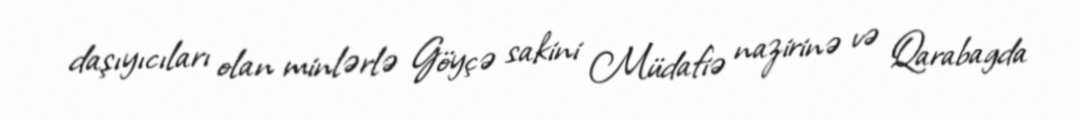
daşıyıcıları olan minlərlə Göyçə sakini Müdafiə nazirinə və Qarabagda